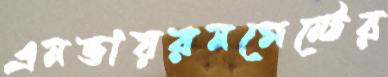
এনভায়রনমেন্টের